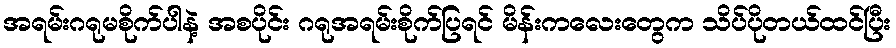
အရမ်းဂရုမစိုက်ပါနဲ့ အစပိုင်း ဂရုအရမ်းစိုက်ပြရင် မိန်းကလေးတွေက သိပ်ပိုတယ်ထင်ပြီး